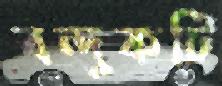
বন্দুকটি